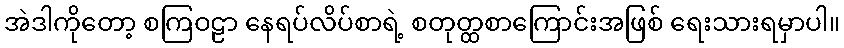
အဲဒါကိုတော့ စကြဝဠာ နေရပ်လိပ်စာရဲ့ စတုတ္ထစာကြောင်းအဖြစ် ရေးသားရမှာပါ။